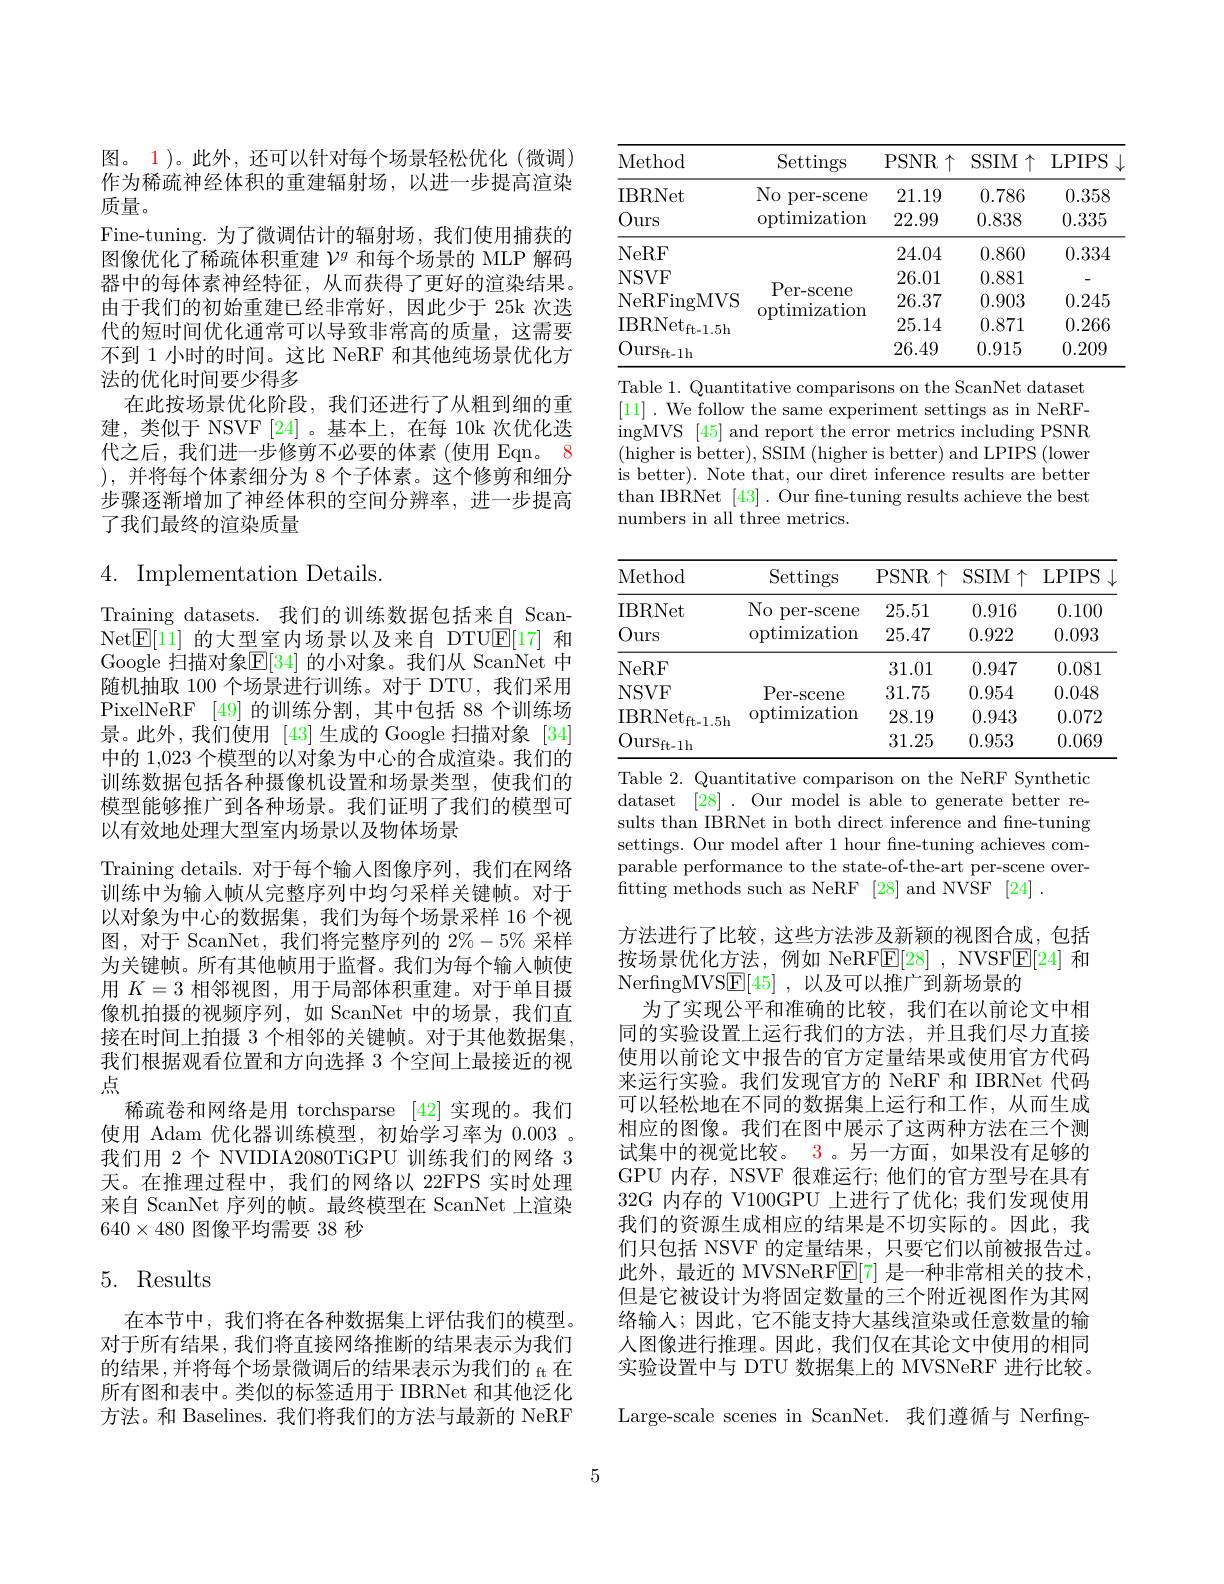
图。1)。此外，还可以针对每个场景轻松优化(微调) 作为稀疏神经体积的重建辐射场，以进一步提高渲染质量。
Fine-tuning. 为了微调估计的辐射场，我们使用捕获的图像优化了稀疏体积重建$\mathcal{V}^g$和每个场景的 MLP 解码器中的每体素神经特征，从而获得了更好的渲染结果。由于我们的初始重建已经非常好，因此少于 25k 次迭代的短时间优化通常可以导致非常高的质量，这需要不到 1 小时的时间。这比 NeRF 和其他纯场景优化方法的优化时间要少得多
在此按场景优化阶段，我们还进行了从粗到细的重建，类似于 NSVF [24]。基本上，在每 10k 次优化迭代之后，我们进一步修剪不必要的体素(使用 Eqn。8 ),并将每个体素细分为 8 个子体素。这个修剪和细分步骤逐渐增加了神经体积的空间分辨率，进一步提高了我们最终的渲染质量

4. Implementation Details.

Training datasets. 我们的训练数据包括来自 ScanNet$\boxed{\mathrm{E}}[11]$的大型室内场景以及来自 DTU$\boxed{\mathrm{E}}[17]$和Google 扫描对象$\mathbb{E}[34]$ 的小对象。我们从 ScanNet 中随机抽取 100 个场景进行训练。对于 DTU, 我们采用PixelNeRF [49] 的训练分割，其中包括 88 个训练场景。此外，我们使用 [43]生成的 Google 扫描对象 [34] 中的 1,023 个模型的以对象为中心的合成渲染。我们的训练数据包括各种摄像机设置和场景类型，使我们的模型能够推广到各种场景。我们证明了我们的模型可以有效地处理大型室内场景以及物体场景
Training details. 对于每个输入图像序列，我们在网络训练中为输入帧从完整序列中均匀采样关键帧。对于以对象为中心的数据集，我们为每个场景采样 16 个视图，对于 ScanNet,我们将完整序列的$2\%-5\%$采样为关键帧。所有其他帧用于监督。我们为每个输入帧使用$K=3$相邻视图，用于局部体积重建。对于单目摄像机拍摄的视频序列，如 ScanNet 中的场景，我们直接在时间上拍摄 3 个相邻的关键帧。对于其他数据集， 我们根据观看位置和方向选择 3 个空间上最接近的视点
稀疏卷和网络是用 torchsparse [42]实现的。我们使用 Adam 优化器训练模型，初始学习率为0.003 。我们用 2 个 NVIDIA2080TiGPU 训练我们的网络 3天。在推理过程中，我们的网络以 22FPS 实时处理来自 ScanNet 序列的帧。最终模型在 ScanNet 上渲染$640\times480$图像平均需要 38 秒

# 5. Results

在本节中，我们将在各种数据集上评估我们的模型。对于所有结果，我们将直接网络推断的结果表示为我们的结果，并将每个场景微调后的结果表示为我们的$_\mathrm{ft}$在所有图和表中。类似的标签适用于 IBRNet 和其他泛化方法。和 Baselines. 我们将我们的方法与最新的 NeRF

<table>
	<tbody>
		<tr>
			<th>Method</th>
			<th>Settings</th>
			<th>PSNR$\uparrow$</th>
			<th>SSIM $\uparrow$</th>
			<th>LPIPS</th>
		</tr>
		<tr>
			<td>IBRNet</td>
			<td>$No$ per- scene</td>
			<td>21.19</td>
			<td>0.786</td>
			<td>0.358</td>
		</tr>
		<tr>
			<td>Ours</td>
			<td>optimization</td>
			<td>22.99</td>
			<td>0.838</td>
			<td>0.335</td>
		</tr>
		<tr>
			<td>NeRF</td>
			<td> </td>
			<td>24.04</td>
			<td>0.860</td>
			<td>0.334</td>
		</tr>
		<tr>
			<td>NSVF</td>
			<td> </td>
			<td>26.01</td>
			<td>0.881</td>
			<td> </td>
		</tr>
		<tr>
			<td>NeRFingMVS</td>
			<td>Per- scene $L:=\frac{1}{2}$ T $\varpi_{\mathrm{oti}}$</td>
			<td>26.37</td>
			<td>0.903</td>
			<td>0.245</td>
		</tr>
		<tr>
			<td>$\mathrm{IBRNet}_{\mathrm{ft-1.5h}}$</td>
			<td>saulun</td>
			<td>25.14</td>
			<td>0.871</td>
			<td>0.266</td>
		</tr>
		<tr>
			<td>Our$s_{ft- 1h}$</td>
			<td> </td>
			<td>26.49</td>
			<td>0.915</td>
			<td>0.209</td>
		</tr>
	</tbody>
</table>

Table 1. Quantitative comparisons on the ScanNet dataset [11] .We follow the same experiment settings as in NeRFingMVS [45] and report the error metrics including PSNR (higher is better), SSIM(higher is better) and LPIPS(lower is better). Note that, our diret inference results are better than IBRNet [43]. Our fine-tuning results achieve the best numbers in all three metrics.

<table>
	<tbody>
		<tr>
			<th>Method</th>
			<th>Settings</th>
			<th>PSNR$\uparrow$</th>
			<th>SSIM $\uparrow$</th>
			<th>LPIPS</th>
		</tr>
		<tr>
			<td>IBRNet</td>
			<td>$No$ per- scene</td>
			<td>25.51</td>
			<td>0.916</td>
			<td>0.100</td>
		</tr>
		<tr>
			<td>Ours</td>
			<td>optimization</td>
			<td>25.47</td>
			<td>0.922</td>
			<td>0.093</td>
		</tr>
		<tr>
			<td>NeRF</td>
			<td> </td>
			<td>31.01</td>
			<td>0.947</td>
			<td>0.081</td>
		</tr>
		<tr>
			<td>NSVF</td>
			<td>Per- scene</td>
			<td>31.75</td>
			<td>0.954</td>
			<td>0.048</td>
		</tr>
		<tr>
			<td>$\mathrm{IBRNet}_{\mathrm{ft-1.5h}}$</td>
			<td>optimization</td>
			<td>28.19</td>
			<td>0.943</td>
			<td>0.072</td>
		</tr>
		<tr>
			<td>Our$s_{ft- 1h}$</td>
			<td> </td>
			<td>31.25</td>
			<td>0.953</td>
			<td>0.069</td>
		</tr>
	</tbody>
</table>

Table 2. Quantitative comparison on the NeRF Synthetic dataset [28]. Our model is able to generate better results than IBRNet in both direct inference and fine-tuning settings. Our model after 1 hour fne-tuning achieves comparable performance to the state-of-the-art per-scene overfitting methods such as NeRF [28] and NVSF [24] .

方法进行了比较，这些方法涉及新颖的视图合成，包括按场景优化方法，例如 NeRF$\underline {\mathrm{E} }[ 28]$ , NVSF$\underline{\mathrm{E}}[24]$和NerfngMVSE[45] ,以及可以推广到新场景的
为了实现公平和准确的比较，我们在以前论文中相同的实验设置上运行我们的方法，并且我们尽力直接使用以前论文中报告的官方定量结果或使用官方代码来运行实验。我们发现官方的 NeRF 和 IBRNet 代码可以轻松地在不同的数据集上运行和工作，从而生成相应的图像。我们在图中展示了这两种方法在三个测试集中的视觉比较。3 。另一方面，如果没有足够的GPU 内存，NSVF 很难运行；他们的官方型号在具有32G 内存的 V100GPU 上进行了优化；我们发现使用我们的资源生成相应的结果是不切实际的。因此，我们只包括 NSVF 的定量结果，只要它们以前被报告过。此外，最近的 MVSNeRF$\boxed{\mathbb{E}}[7]$是一种非常相关的技术， 但是它被设计为将固定数量的三个附近视图作为其网络输入；因此，它不能支持大基线渲染或任意数量的输人图像进行推理。因此，我们仅在其论文中使用的相同实验设置中与 DTU 数据集上的 MVSNeRF 进行比较。

Large-scale scenes in ScanNet. 我们遵循与 Nerfing-

5